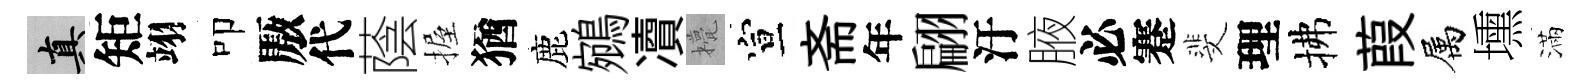
真矩翊叩厫代蔭握猶鹿鵷凟甍宣斋年翩汙腋必蹇斐理拂葭属壎滿